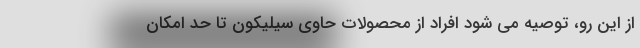
از این رو، توصیه می شود افراد از محصولات حاوی سیلیکون تا حد امکان